Report on vaccination North-West Frontier Province 1904-1922 - 1904-1922
Year: 1904
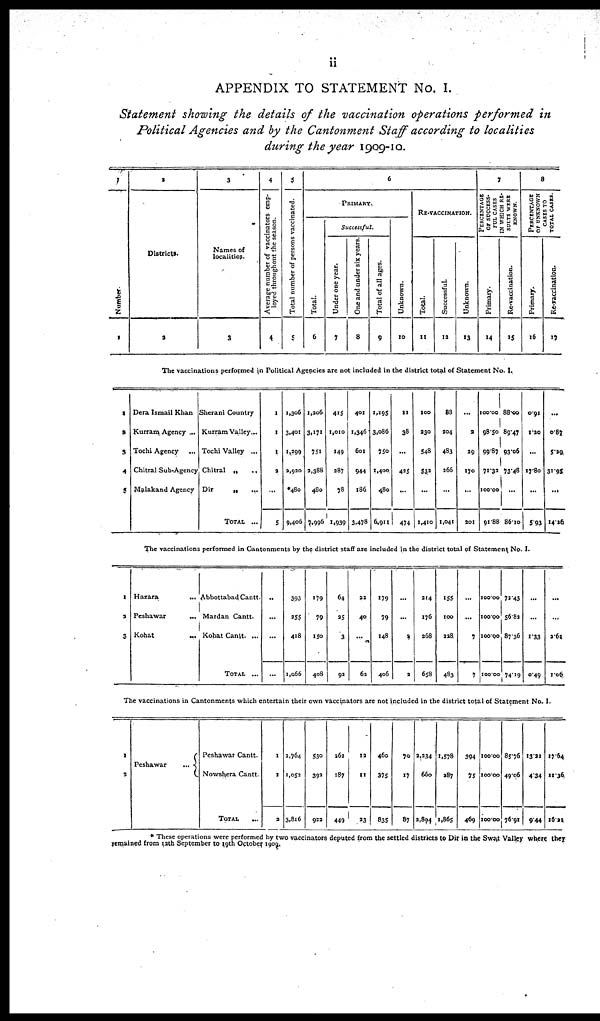
ii
APPENDIX TO STATEMENT No. I.
Statement showing the details of the vaccination operations performed in
Political Agencies and by the Cantonment Staff according to localities
during the year 1909-10.
1
Number.
1
2
Districts.
2
3
Names of
localities.
3
4
Average number of vaccinators emp-
loyed throughout the season.
4
5
Total number of persons vaccinated.
5
6
PRIMARY.
Total.
6
Successful.
Under one year.
7
One and under six years.
8
Total of all ages.
9
Unknown.
10
RE-VACCINATION.
Total.
11
Successful.
12
Unknown.
13
7
PERCENTAGE
OF SUCCESS¬
FUL CASES
IN WHICH RE-
SULTS WERE
KNOWN.
Primary.
14
Re-vaccination.
15
8
PERCENTAGE
OF UNKNOWN
CASES TO
TOTAL CASES.
Primary.
16
Re-vaccination.
17
The vaccinations performed in Political Agencies are not included in the district total of Statement No. I.
1
2
3
4
5
Dera Ismail Khan
Kurram Agency ...
Tochi Agency ...
Chitral Sub-Agency
Malakand Agency
Sherani Country
Kurram Valley...
Tochi Valley ...
Chitral „
..
Dir
.. ...
TOTAL ...
1
1
1
2
...
5
1,306
3,401
1,199
2,920
*480
9,406
1,206
3,171
751
9,388
480
7,996
415
1,010
149
287
78
1,939
401
1,346
601
944
186
3,478
1,195
3,086
750
1,400
480
6,911
11
38
...
425
...
474
100
230
548
532
...
1,410
88
204
483
266
...
1,041
...
9
29
170
...
201
100.00
98.50
99.87
71.39
100.00
91.88
88.00
89.47
93.06
73.48
...
86.10
0.91
1.90
...
17.80
...
5.93
...
0.87
5.29
31.95
...
14.26
The vaccinations performed in Cantonments by the district staff are included in the district total of Statement No. I.
1
2
3
Hazara ...
Peshawar ...
Kohat ...
Abbottabad Cantt.
Mardan Cantt.
Kohat Cantt. ...
TOTAL ...
...
...
...
...
393
255
418
1,066
179
79
150
408
64
25
3
92
22
40
...
62
179
79
148
406
...
...
2
2
214
176
268
658
155
100
228
483
...
...
7
7
100.00
100.00
100.00
100.00
72.43
56.81
87.36
74.19
...
...
1.33
0.49
...
...
2.62
1.06
The vaccinations in Cantonments which entertain their own vaccinators are not included in the district total of Statement No. I.
1
2
Peshawar
...
Peshawar Cantt.
Nowshera Cantt.
TOTAL
...
1
1
2
2,764
1,051
3,816
530
392
922
261
187
449
12
11
23
460
375
835
70
17
87
2,234
660
9,894
1,578
287
1,865
394
75
469
100.00
100.00
100.00
85.76
49.06
76.91
13.91
4.34
9.44
17.64
11.36
16.21
* These operations were performed by two vaccinators deputed from the settled districts to Dir in the Swat Valley where they
remained from 12th September to 19th October 1909.